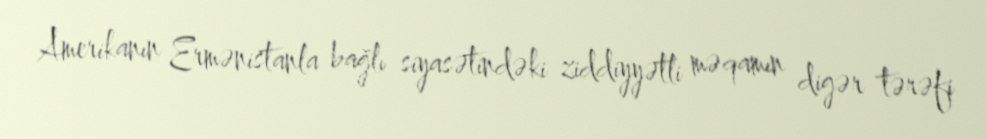
Amerikanın Ermənistanla bağlı siyasətindəki ziddiyyətli məqamın digər tərəfi